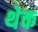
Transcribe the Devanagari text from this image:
थेक